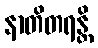
နာတိတရန္တိ